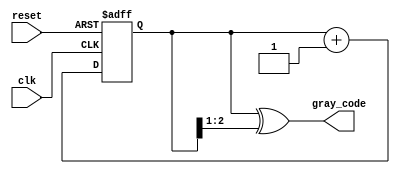
module gray_code_async_counter (
    input wire clk,         // Clock signal
    input wire reset,       // Asynchronous reset signal
    output reg [n-1:0] gray_code // Output Gray code
);
    parameter n = 3; // Number of bits for the counter

    // Internal binary counter
    reg [n-1:0] binary_count;

    // Always block for asynchronous reset and counting
    always @(posedge clk or posedge reset) begin
        if (reset) begin
            binary_count <= 0; // Reset binary counter to 0
        end else begin
            binary_count <= binary_count + 1; // Increment binary counter
        end
    end

    // Convert binary count to Gray code
    always @(*) begin
        gray_code = binary_count ^ (binary_count >> 1); // Gray code conversion
    end
endmodule